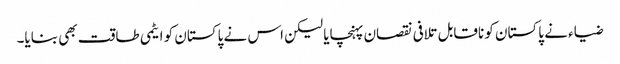
ضیاء نے پاکستان کو ناقابل تلافی نقصان پہنچایا لیکن اس نے پاکستان کو ایٹمی طاقت بھی بنایا۔